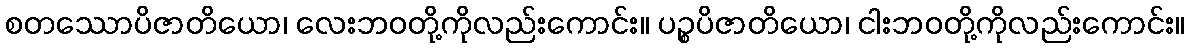
စတဿောပိဇာတိယော၊ လေးဘဝတို့ကိုလည်းကောင်း။ ပဉ္စပိဇာတိယော၊ ငါးဘဝတို့ကိုလည်းကောင်း။